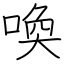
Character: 喚